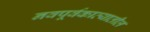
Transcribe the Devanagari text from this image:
नवपूर्वकाव्यातील